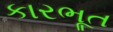
કારભૂત